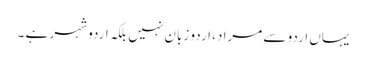
یہاں اردو سے مراد، اردو زبان نہیں بلکہ اردو شہر ہے ۔